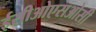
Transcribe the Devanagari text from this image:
ईसीओएसओसी